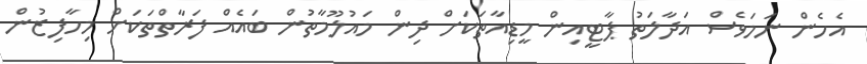
އެހެން ނަމަވެސް އަދާލަތު ޕާޓީއިން މީޑިއާތަކަށް ދިން މައުލޫމާތުން ބައެއް ފަރާތްތަކަށް މިހާފިޒުން